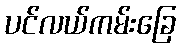
ပင်လယ်ကမ်းခြေ